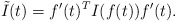
\begin{align*}\tilde I(t)=f'(t)^T I(f(t))f'(t). \end{align*}